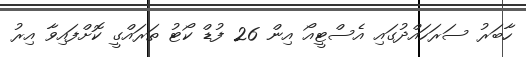
ހާބަރު ސަރަހައްދުގައި އެސްޓީއޯ އިން 26 ފުޑް ކޯޓު ތަރައްގީ ކޮށްފައިވާ އިރު